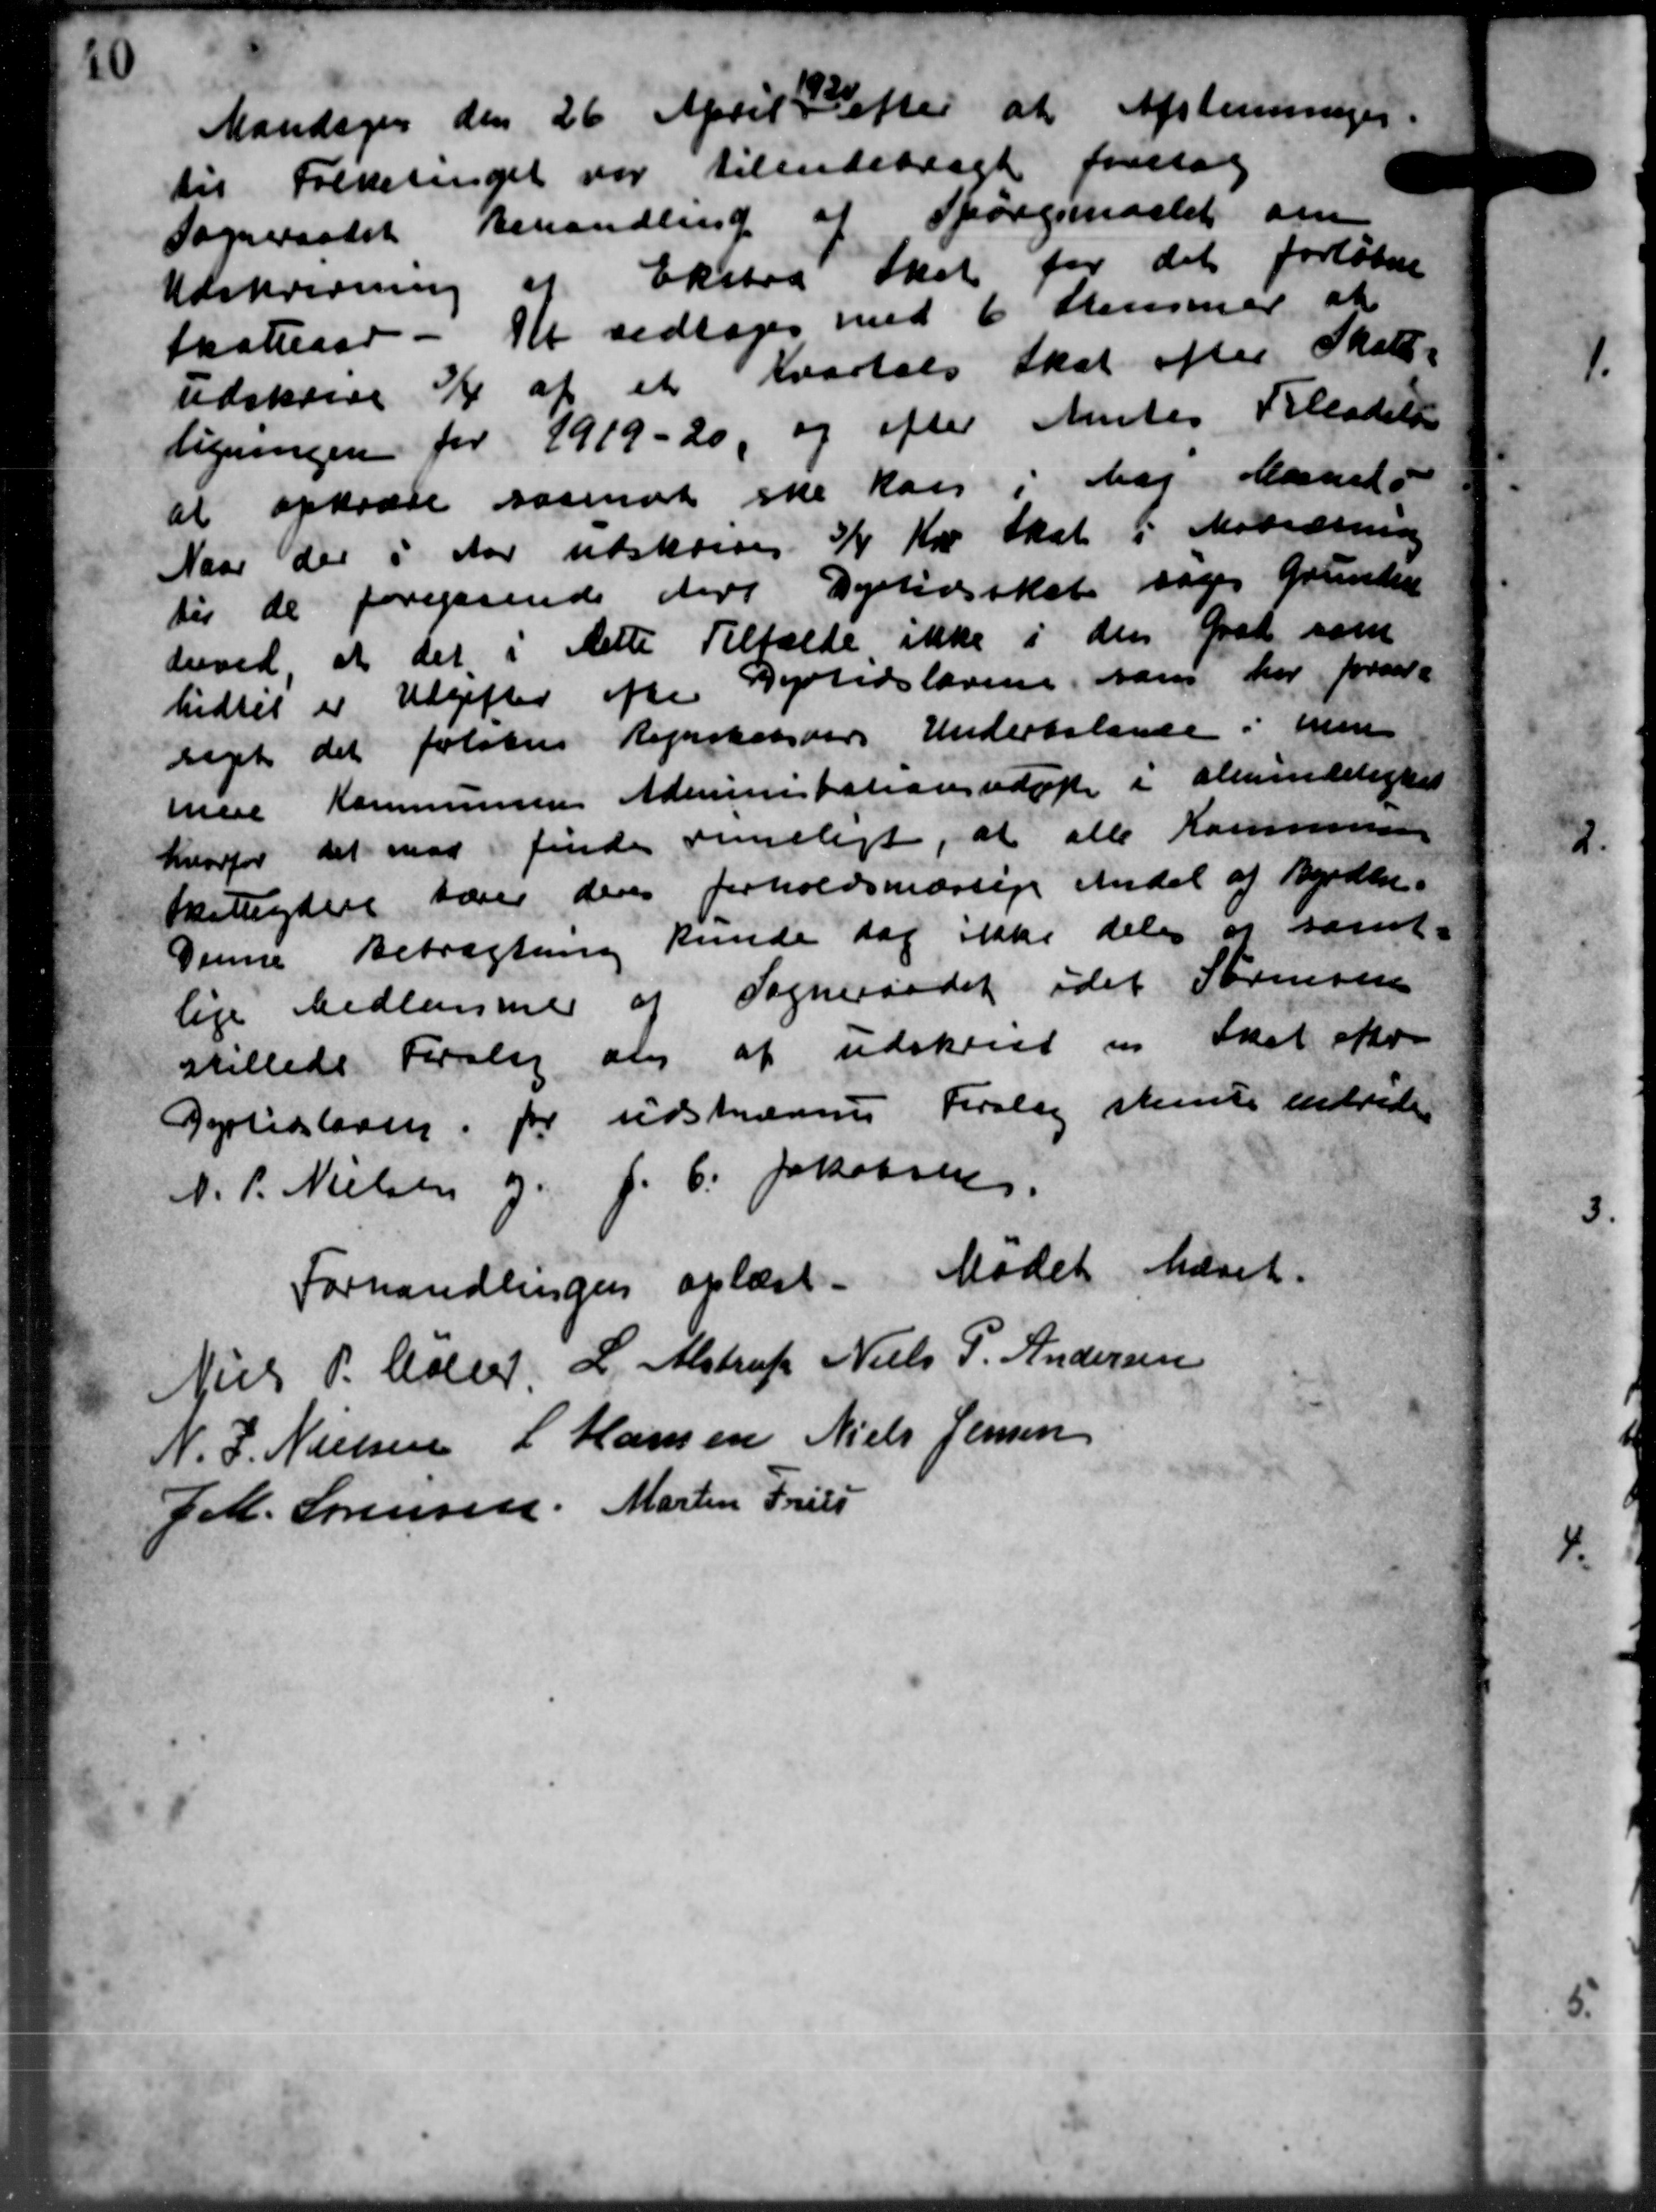
Transskription:
Mandagen den 26 April 1 Maj at Afstemmiger.

til Folketinget var tilendebragt forelaa
Sogneraadet behandling af Spørgsmaalet om
Udskrivning af Ekstra Skat for det forløbne
Skatteaar - Kr vedtoges med 6 Stemmer at
udskrive ¾ af et Kvartals skat efter Skole-
ligningen for 1919-20, og efter Amtes Tilladelse
at opkræve saasnat ske kan i har Mands
Naar der i Aar udskrives 3/4 Kr skal i Modsætning
til de foregaaende dere Dyrtidsskat søger Grunden
derved at det i dette Tilfælde ikke i den Grad som
hidtil er Udgifter efter Dyrtidslovene, som her foranle
Leget det folks Regnskations Underbalance i een
mese Kommunens Admmentationsudatte i almindelighed
hvorfor det mod finde rimeligt, at alle Kommune
skatteydere bærer deres forholdsmæssige Andel af Byrden.
Denne Betragtning kunde dag ikke deles er samt-
lige Medlemmer af Sogneraadet idet Sørensen
stillede Forslag om at udskrive en Skat efte
Dyrtidsloven for sidstnævnes Forslag stemte indvide
N. P. Nielsen og J. C. Jakobsen.
Forhandlingen oplæst. Mødet hævet.
Niels P. Møller
L. Alstrup
Niels P. Andersen
N. J. Nielsen
L Hansen
Niels Jensen
J M. Sørensen,
Martin Friis

5